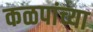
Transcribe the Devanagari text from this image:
कळपांच्या